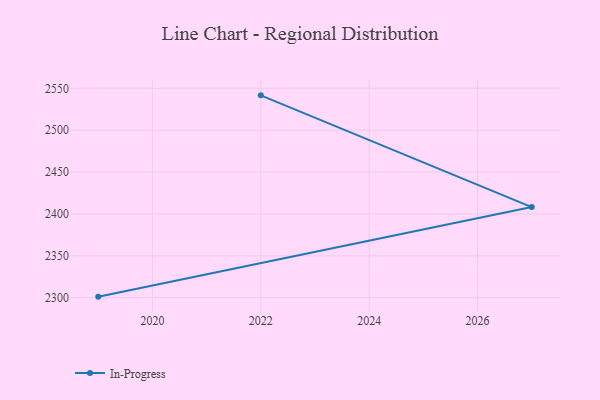
{"axis": {"x": "Year", "y": "Demand Index"}, "legend": ["In-Progress"], "data": [{"x": "2022", "y": 2541.6, "type": "In-Progress"}, {"x": "2027", "y": 2408.2, "type": "In-Progress"}, {"x": "2019", "y": 2301.2, "type": "In-Progress"}]}